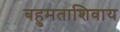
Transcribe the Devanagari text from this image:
बहुमताशिवाय